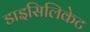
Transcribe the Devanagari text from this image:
डाइसिलिकेट